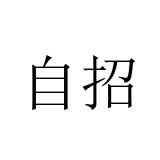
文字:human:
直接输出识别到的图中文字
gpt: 自招